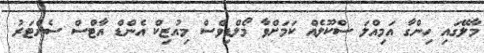
މާލޭގައި ހިންގާ އަމިއްލަ ސްކޫލެއް ކަމަށްވާ މޯލްޑިވްސް މިއުޒިކް އެންޑް އާޓްސް ސެންޓަރު